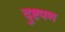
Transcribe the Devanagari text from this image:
दुष्टपण